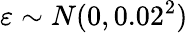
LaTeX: \varepsilon\sim N(0,0.02^{2})